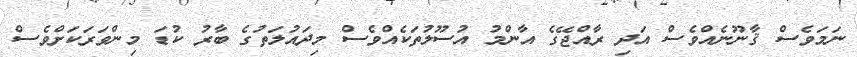
ނަމަވެސް ޤާނޫނެއްވެސް އަދި ރާއްޖޭގެ އާންމު އުސޫލުތަކެއްވެސް މިދައުލަތުގެ ބާރު ކުޑަ މިންވަރަކަށްވެސް